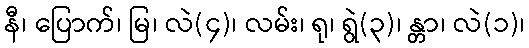
နီ၊ ပြောက်၊ မြ၊ လဲ(၄)၊ လမ်း၊ ရု၊ ရွဲ(၃)၊ န္တာ၊ လဲ(၁)၊